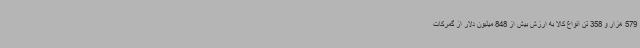
579 هزار و 358 تن انواع کالا به ارزش بیش از 848 میلیون دلار از گمرکات